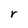
Character: r